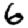
Digit: 6